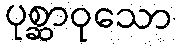
ပုစ္ဆာဝုသော